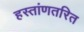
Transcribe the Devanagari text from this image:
हस्तांणतरित